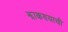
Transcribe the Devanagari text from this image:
झाकण्याची